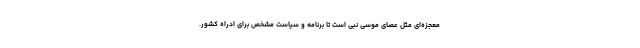
معجزه‌ای مثل عصای موسی نبی است تا برنامه و سیاست مشخص برای ادراه کشور.